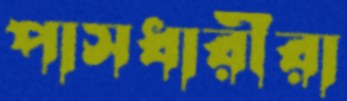
পাসধারীরা